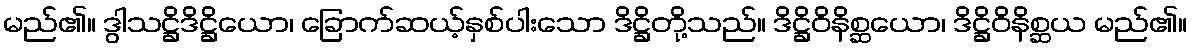
မည်၏။ ဒွါသဋ္ဌိဒိဋ္ဌိယော၊ ခြောက်ဆယ့်နှစ်ပါးသော ဒိဋ္ဌိတို့သည်။ ဒိဋ္ဌိဝိနိစ္ဆယော၊ ဒိဋ္ဌိဝိနိစ္ဆယ မည်၏။